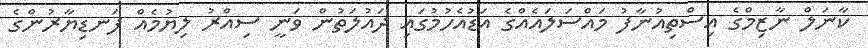
ކާނަލް ނާޒިމްގެ އިސްތިއުނާފު މައްސަލައެއްގެ އަޑުއެހުމުގައި ދައުލަތުން ވަނީ ސިއްރު ލިޔުމެއް ފަނޑިޔާރުންގެ